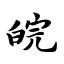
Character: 皖